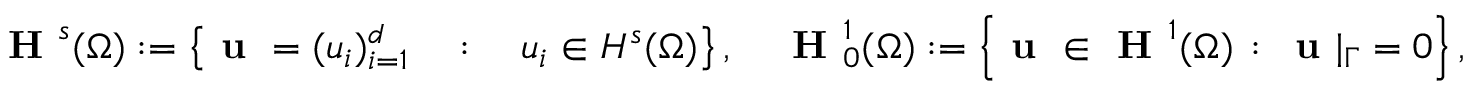
\begin{array} { r } { \textbf { H } ^ { s } ( \Omega ) : = \left\lbrace \textbf { u } = ( u _ { i } ) _ { i = 1 } ^ { d } \quad : \quad u _ { i } \in H ^ { s } ( \Omega ) \right\rbrace , \quad \textbf { H } _ { 0 } ^ { 1 } ( \Omega ) : = \left\lbrace \textbf { u } \in \textbf { H } ^ { 1 } ( \Omega ) \, : \, \textbf { u } | _ { \Gamma } = 0 \right\rbrace , } \end{array}